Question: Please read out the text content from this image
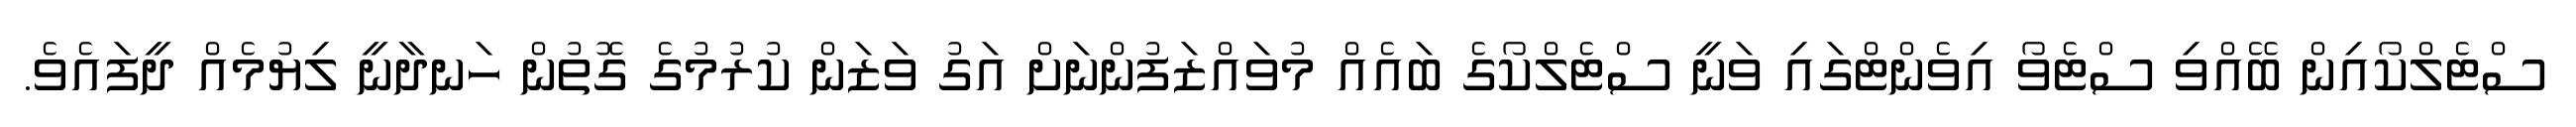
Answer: ސްޓެލްކޯއިން ބޭއްވި ސްޓެވޯ އިވެންޓްގައި ވަނީ ސްޓެލްކޯގެ ބައެއް މުވައްޒަފުންނަށް އަގު ވަޒަން ކުރުމުގެ ގޮތުން ހަނދާނީ ލިޔުމެއް ދީފައެވެ.